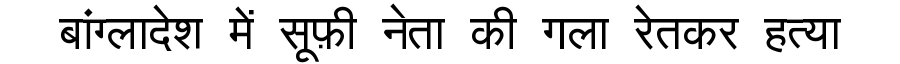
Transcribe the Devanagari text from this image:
बांग्लादेश में सूफ़ी नेता की गला रेतकर हत्या